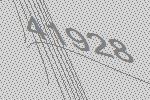
41928